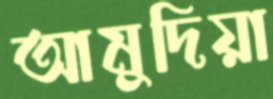
আমুদিয়া